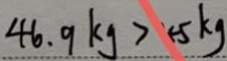
4 6 . 9 k g > 4 5 k g